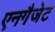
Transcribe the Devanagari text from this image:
एनगैजेट